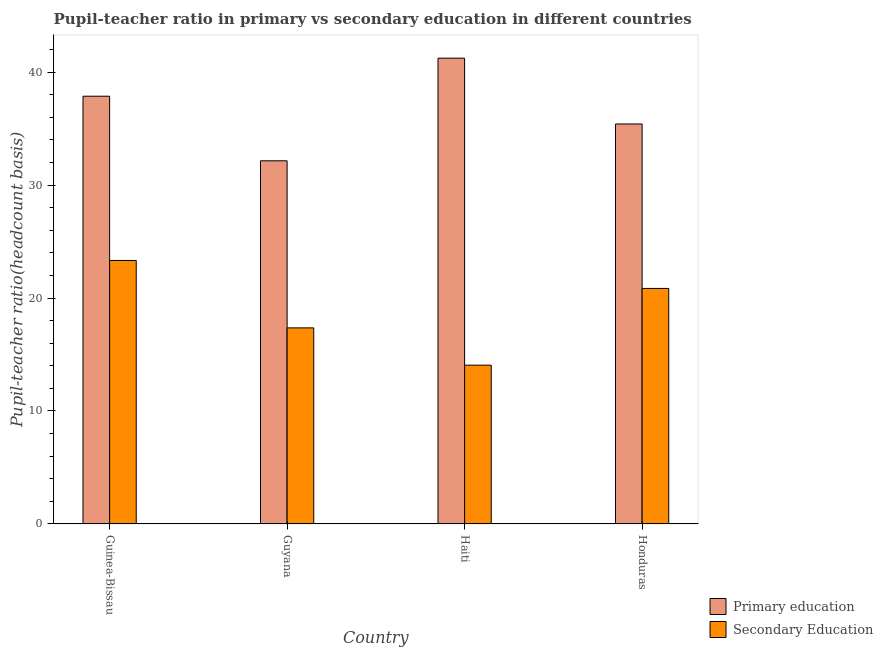
| Country | Primary education | Secondary Education |
 | --- | --- | --- |
 | Guinea-Bissau | 37.9 | 23.3 |
 | Guyana | 32.1 | 17.4 |
 | Haiti | 41.2 | 14.1 |
 | Honduras | 35.4 | 20.8 |